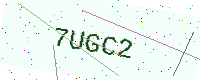
Text: 7UGC2